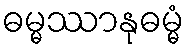
ဓမ္မဿာနုဓမ္မံ